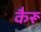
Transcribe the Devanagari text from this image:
कैरू